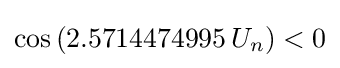
\cos {(2.5714474995\,U_{n})}<0